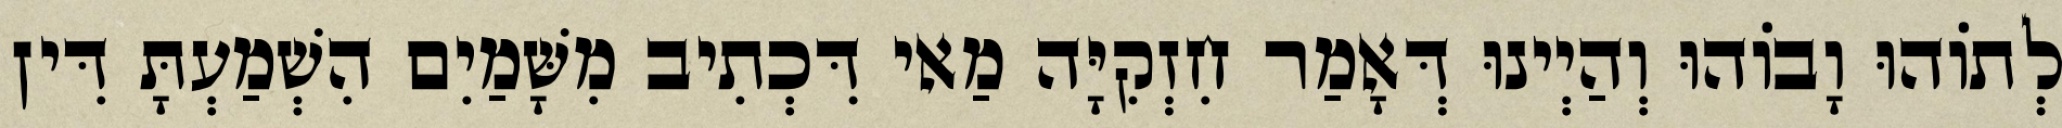
לְתוֹהוּ וָבוֹהוּ וְהַיְינוּ דְּאָמַר חִזְקִיָּה מַאי דִּכְתִיב מִשָּׁמַיִם הִשְׁמַעְתָּ דִּין